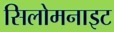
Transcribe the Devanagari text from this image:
सिलोमनाइट